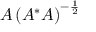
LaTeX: A \left( A ^ { * } A \right) ^ { - { \frac { 1 } { 2 } } }